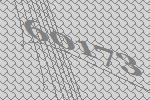
60173